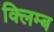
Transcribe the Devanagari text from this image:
क्लिम्ब